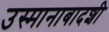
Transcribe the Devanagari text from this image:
उस्मानाबादशी